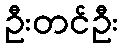
ဦးတင်ဦး